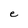
Character: e